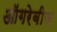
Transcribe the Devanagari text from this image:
ऑगरेबीज़